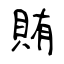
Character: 賄